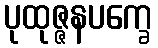
ပုထုဇ္ဇနပက္ခေ